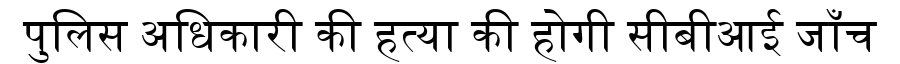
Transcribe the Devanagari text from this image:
पुलिस अधिकारी की हत्या की होगी सीबीआई जाँच